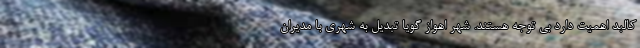
کالبد اهمیت دارد بی توجه هستند. شهر اهواز گویا تبدیل به شهری با مدیران